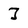
Character: J